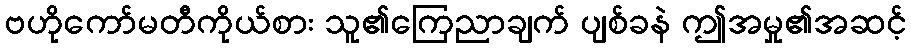
ဗဟိုကော်မတီကိုယ်စား သူ၏ကြေညာချက် ပျစ်ခနဲ ဤအမှု၏အဆင့်